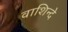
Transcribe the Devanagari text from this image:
वाशिन्दे